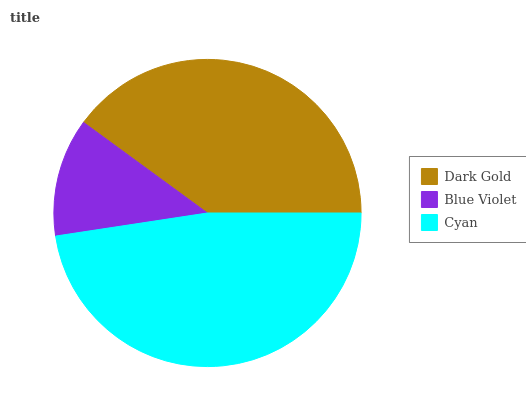
| Dark Gold | Blue Violet | Cyan |
 | --- | --- | --- |
 | 40% | 12.4% | 47.6% |